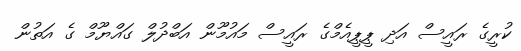
ކުރީގެ ރައީސް އަދި ޕީޕީއެމްގެ ރައީސް މައުމޫން އަބްދުލް ގައްޔޫމް ގެ އަތުން